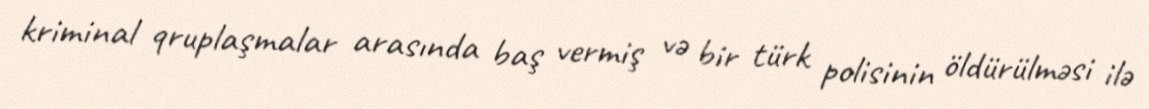
kriminal qruplaşmalar arasında baş vermiş və bir türk polisinin öldürülməsi ilə